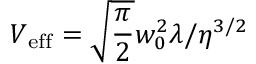
V _ { \mathrm { e f f } } = \sqrt { \frac \pi 2 } w _ { 0 } ^ { 2 } \lambda / \eta ^ { 3 / 2 }